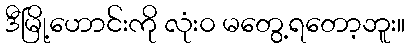
ဒီမြို့ဟောင်းကို လုံး၀ မတွေ့ရတော့ဘူး။